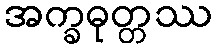
အက္ခဓုတ္တဿ